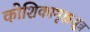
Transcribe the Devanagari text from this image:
कोशिकागृह्यसूत्र